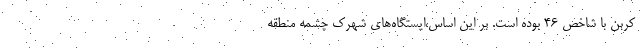
کربن با شاخص ۴۶ بوده است. بر این اساس،ایستگاه‌های شهرک چشمه منطقه